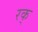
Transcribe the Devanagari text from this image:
रक्